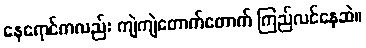
နေရောင်ကလည်း ကျဲကျဲတောက်တောက် ကြည်လင်နေဆဲ။